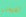
تفهمنى